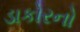
ડાકોરનો